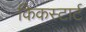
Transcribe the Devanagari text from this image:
किकस्टार्ट